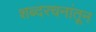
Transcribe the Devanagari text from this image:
शब्दरचनांतून